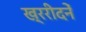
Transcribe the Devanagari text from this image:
ख्ररीदनें